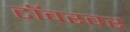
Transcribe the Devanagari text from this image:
टॉवरवर